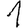
Digit: 1